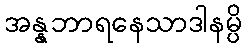
အန္နဘာရနေသာဒါနမ္ပိ